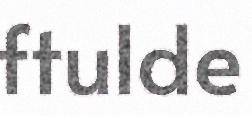
ftulde